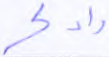
وادكر